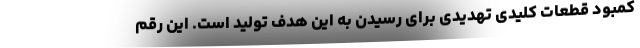
کمبود قطعات کلیدی تهدیدی برای رسیدن به این هدف تولید است. این رقم